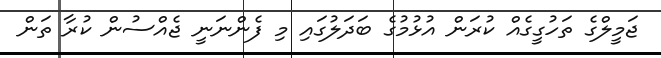
ޖަމީލްގެ ތަހުގީގެއް ކުރަން އުޅުމުގެ ބަދަލުގައި މި ފެންނަނީ ޖެއްސުން ކުރާ ތަން